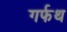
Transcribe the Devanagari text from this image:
गर्फथ